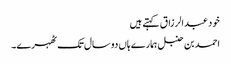
خود عبدالرزاق کہتے ہیں
احمد بن حنبل ہمارے ہاں دو سال تک ٹھہرے۔